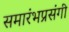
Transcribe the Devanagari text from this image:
समारंभप्रसंगी